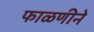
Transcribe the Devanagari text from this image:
फाळणीने